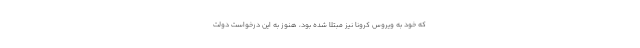
که خود به ویروس کرونا نیز مبتلا شده بود، هنوز به این درخواست دولت